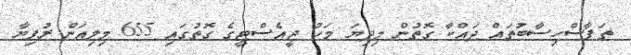
ތަފާސްހިސާބުތައް ދައްކާ ގޮތުން މިދިޔަ މަހު ޖީއެސްޓީގެ ގޮތުގައި 655 މިލިއަން ރުފިޔާ